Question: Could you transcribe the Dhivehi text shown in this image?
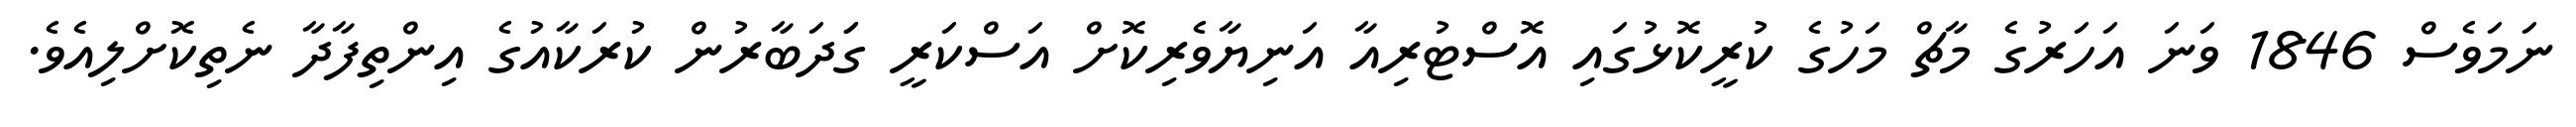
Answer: ނަމަވެސް 1846 ވަނަ އަހަރުގެ މާޗް މަހުގެ ކުރީކޮޅުގައި އޮސްޓުރިއާ އަނިޔާވެރިކޮށް އަސްކަރީ ގަަދަބާރުން ކުރަކާއުގެ އިންތިފާދާ ނެތިކޮށްލިއެވެ.